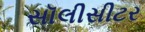
સૉલીસીટર